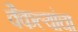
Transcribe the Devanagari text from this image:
वैकल्यांचा